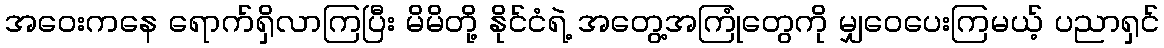
အဝေးကနေ ရောက်ရှိလာကြပြီး မိမိတို့ နိုင်ငံရဲ့ အတွေ့အကြုံတွေကို မျှဝေပေးကြမယ့် ပညာရှင်